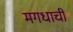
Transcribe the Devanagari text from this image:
मगधाची